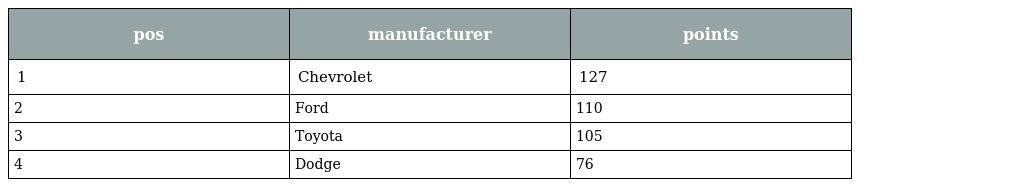
| pos | manufacturer | points |
 | --- | --- | --- |
 | 1 | Chevrolet | 127 |
 | 2 | Ford | 110 |
 | 3 | Toyota | 105 |
 | 4 | Dodge | 76 |